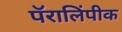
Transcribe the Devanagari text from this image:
पॅरालिंपीक